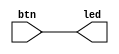
`timescale 1ns / 1ps
//////////////////////////////////////////////////////////////////////////////////
// Company: 
// Engineer: 
// 
// Design Name: 
// Module Name: LEDbtn
// Project Name: 
// Target Devices: 
// Tool Versions: 
// Description: 
// 
// Dependencies: 
// 
// Revision:
// Revision 0.01 - File Created
// Additional Comments:
// 
//////////////////////////////////////////////////////////////////////////////////


module LEDbtn(
    input wire [3:0] btn,
    output wire [3:0] led
);
    assign led = btn;
endmodule